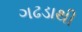
ગઢડાથી